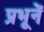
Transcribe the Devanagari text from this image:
प्रभूनें